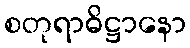
စတုရာဓိဋ္ဌာနော